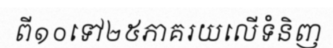
ពី១០ទៅ២៥ភាគរយលើទំនិញ